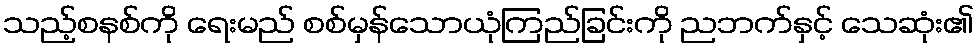
သည့်စနစ်ကို ရေးမည် စစ်မှန်သောယုံကြည်ခြင်းကို ညဘက်နှင့် သေဆုံး၏